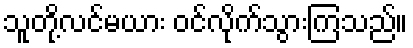
သူတို့လင်မယား ဝင်လိုက်သွားကြသည်။